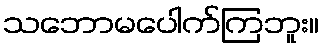
သဘောမပေါက်ကြဘူး။